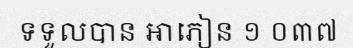
ទទួលបាន អាភៀន ១ ០៣៧